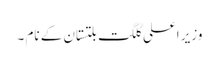
وزیر اعلی گلگت بلتستان کے نام ۔